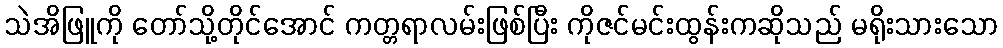
သဲအိဖြူကို တော်သို့တိုင်အောင် ကတ္တရာလမ်းဖြစ်ပြီး ကိုဇင်မင်းထွန်းကဆိုသည် မရိုးသားသော